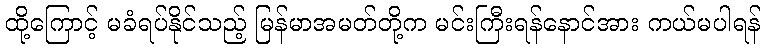
ထို့ကြောင့် မခံရပ်နိုင်သည့် မြန်မာအမတ်တို့က မင်းကြီးရန်နောင်အား ကယ်မပါရန်